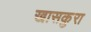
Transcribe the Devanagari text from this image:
खासकुरा